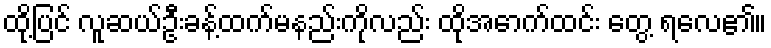
ထို့ပြင် လူဆယ်ဦးခန့်ထက်မနည်းကိုလည်း ထိုအောက်ထင်း တွေ့ ရလေ၏။